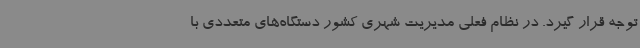
توجه قرار گیرد. در نظام فعلی مدیریت شهری کشور دستگاه‌های متعددی با